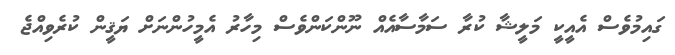
ގައިމުވެސް އެއީކީ މަލީޝާ ކުރާ ސަމާސާއެއް ނޫންކަންވެސް މިހާރު އެމީހުންނަށް ޔަޤީން ކުރެވިއްޖެ